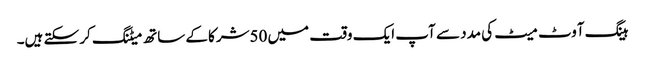
ہینگ آوٹ میٹ کی مدد سے آپ ایک وقت میں 50شرکا کے ساتھ میٹنگ کر سکتے ہیں۔